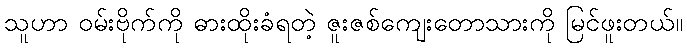
သူဟာ ဝမ်းဗိုက်ကို ဓားထိုးခံရတဲ့ ဇူးဇစ်ကျေးတောသားကို မြင်ဖူးတယ်။